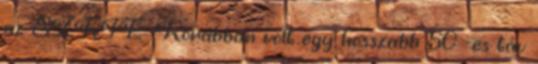
az SZKTE. Korábban volt egy hosszabb 50 -es táv